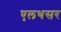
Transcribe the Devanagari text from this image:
एलथसर